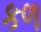
કળ